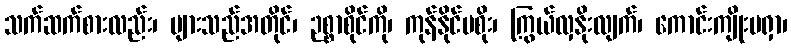
သက်ဆက်စားလည်း၊ များသည်အတိုင်၊ ဉစ္စာစိုင်ကို၊ ကုန်နိုင်မစိုး၊ ကြွယ်လှနိုးလျက်၊ ကောင်းကျိုးမရှာ၊